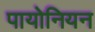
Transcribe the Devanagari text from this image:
पायोनियन